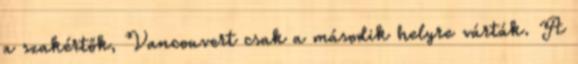
a szakértők, Vancouvert csak a második helyre várták. A